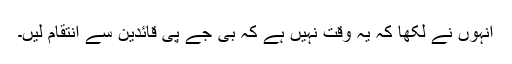
انہوں نے لکھا کہ یہ وقت نہیں ہے کہ بی جے پی قائدین سے انتقام لیں۔